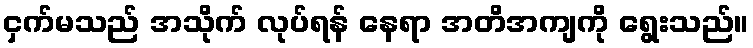
ငှက်မသည် အသိုက် လုပ်ရန် နေရာ အတိအကျကို ရွေးသည်။